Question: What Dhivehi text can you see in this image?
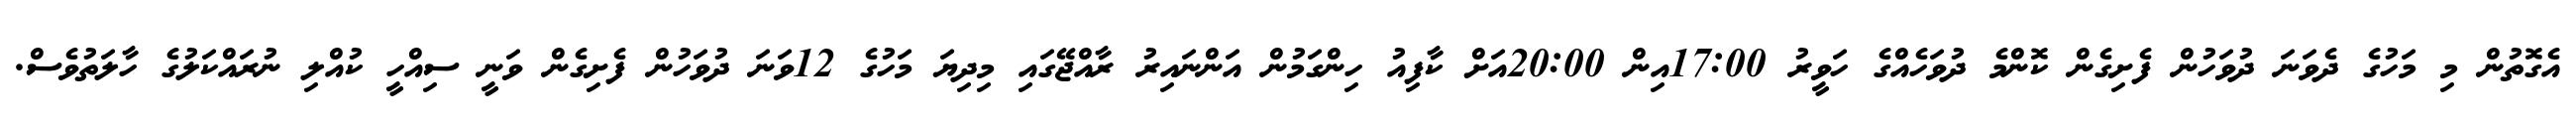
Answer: އެގޮތުން މި މަހުގެ ދެވަނަ ދުވަހުން ފެށިގެން ކޮންމެ ދުވަހެއްގެ ހަވީރު 17:00އިން 20:00އަށް ކާފިއު ހިންގަމުން އަންނައިރު ރާއްޖޭގައި މިދިޔަ މަހުގެ 12ވަނަ ދުވަހުން ފެށިގެން ވަނީ ސިއްހީ ކުއްލި ނުރައްކަލުގެ ހާލަތުވެސް.